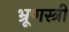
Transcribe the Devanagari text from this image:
भ्रूणस्त्री